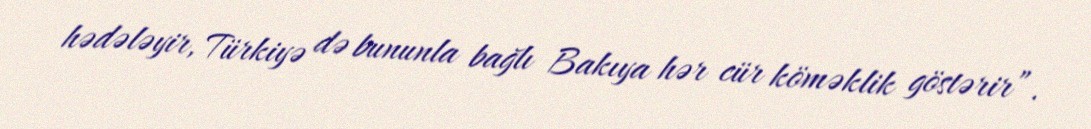
hədələyir, Türkiyə də bununla bağlı Bakıya hər cür köməklik göstərir”.